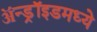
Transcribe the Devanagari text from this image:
ॲन्ड्रॉइडमध्ये